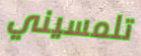
تلمسيني